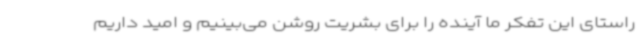
راستای این تفکر ما آینده را برای بشریت روشن می‌بینیم و امید داریم